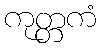
ကုတ္တကံ